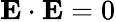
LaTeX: \mathbf{E\cdot\mathbf{E}}=0